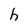
Character: h